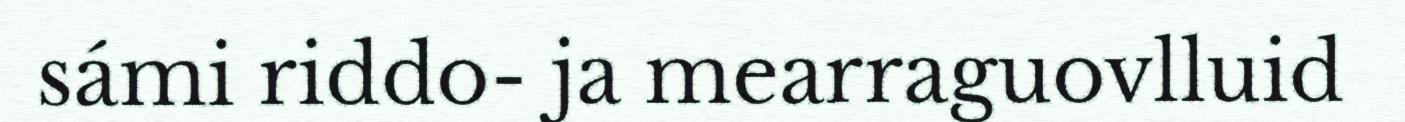
sámi riddo- ja mearraguovlluid